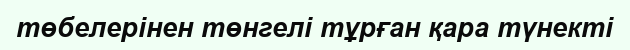
төбелерінен төнгелі тұрған қара түнекті